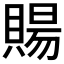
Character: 𧶽